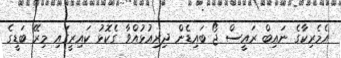
އެމެރިކާގެ ނައިބް ރައީސް ޖޯ ބައިޑެން ދިރިއުޅުއްވާ ގެކޮޅު ކައިރީގައި މިރޭ ބަޑީގެ